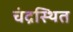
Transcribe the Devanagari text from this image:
चंद्रस्थित